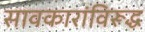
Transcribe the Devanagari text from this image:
सावकारांविरूद्ध